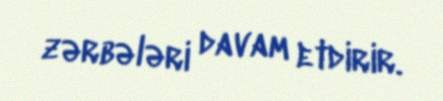
zərbələri davam etdirir.